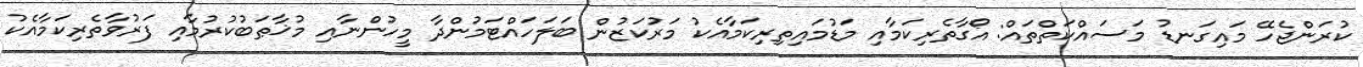
ކުރަންޖެހޭ މައިގަނޑު މަސައްކަތްތައް: އޯގާތެރިކަމާއި މަޑުމައިތިރިކަމާއެކު މަރުކަޒުން ބަލަހައްޓަމުންދާ މީހުންނާއި މުޚާޠަބުކުރުމާއި ފަރުވާތެރިކަމާއެކު